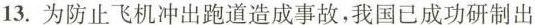
13.为防止飞机冲出跑道造成事故，我国已成功研制出